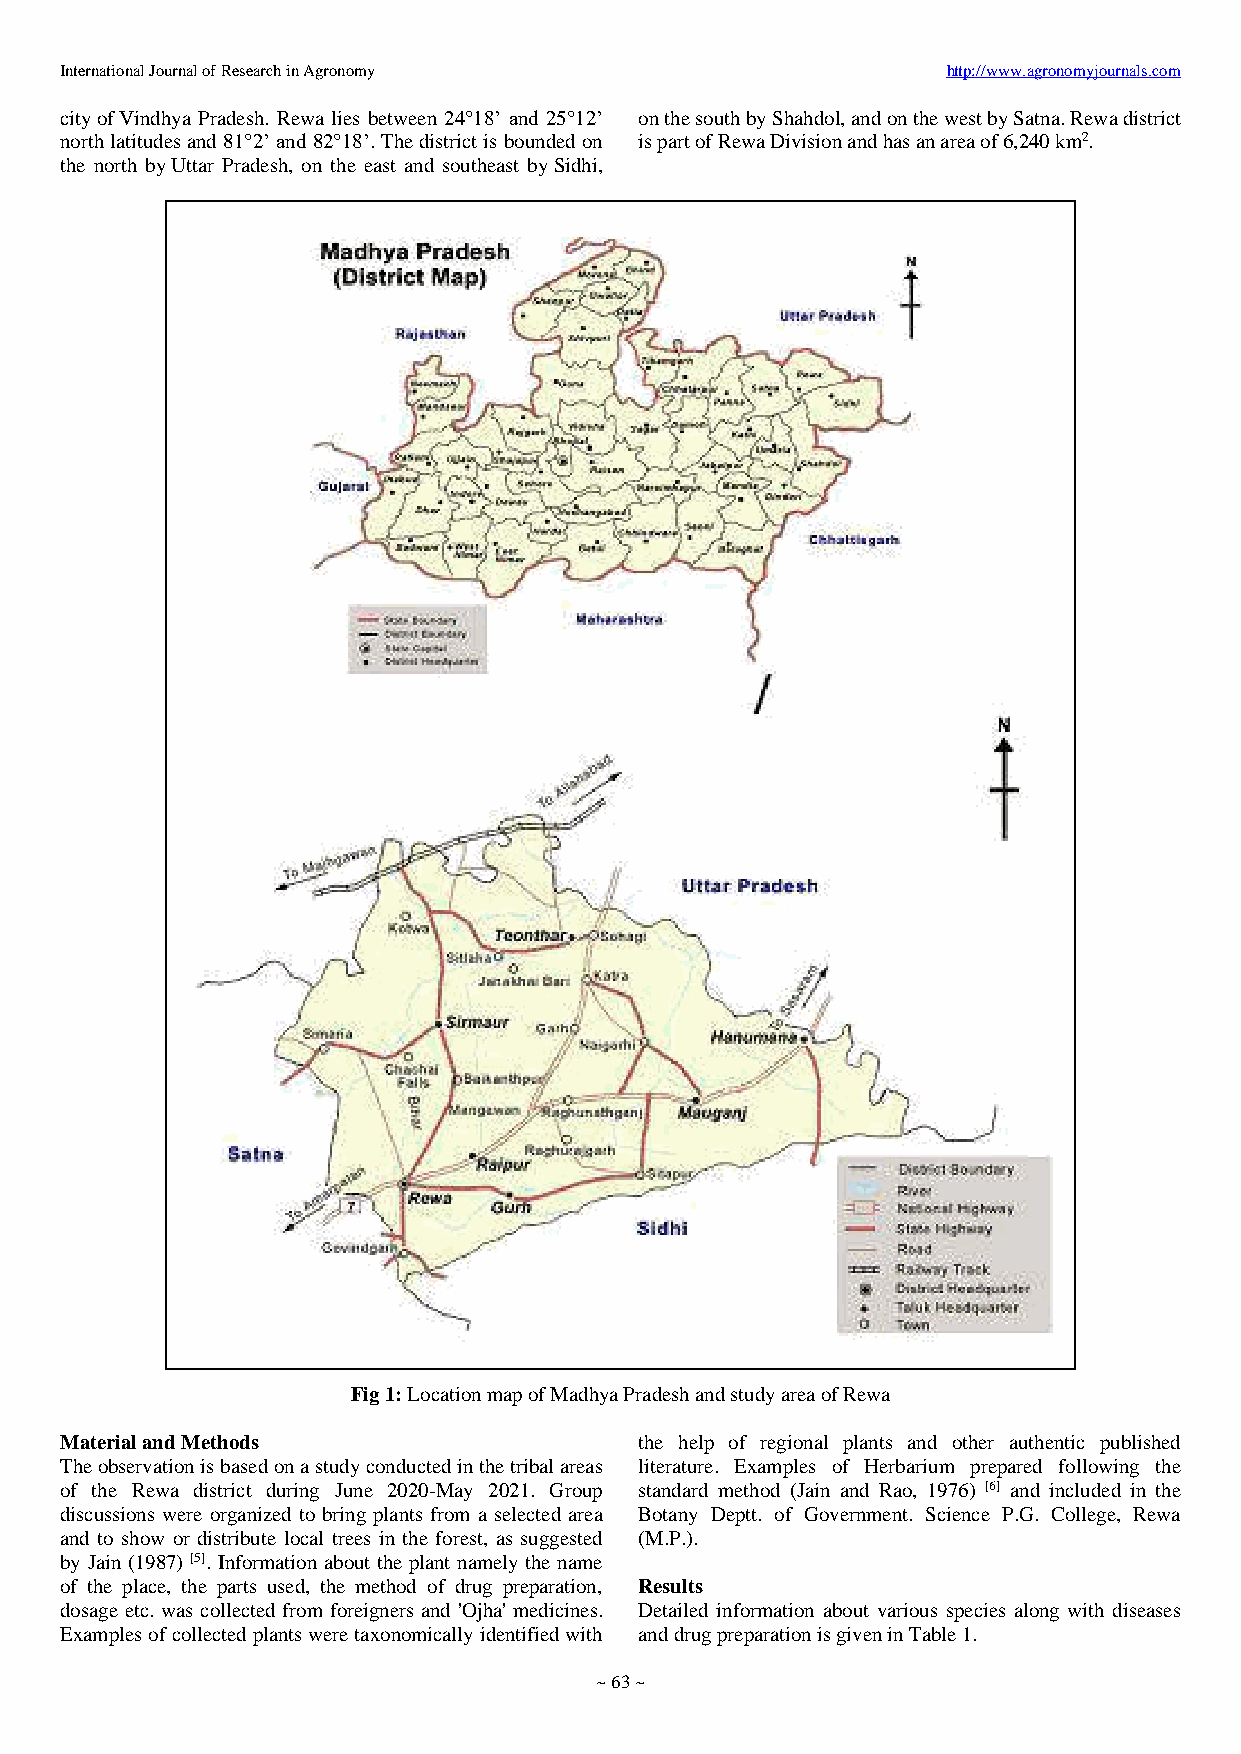
International Journal of Research in Agronomy              http://www.agronomyjournals.com
 city of Vindhya Pradesh. Rewa lies between 24°18’ and 25°12’ on the south by Shahdol, and on the west by Satna. Rewa district
 north latitudes and 81°2’ and 82°18’. The district is bounded on is part of Rewa Division and has an area of 6,240 km2.
 the north by Uttar Pradesh, on the east and southeast by Sidhi,
 Fig 1: Location map of Madhya Pradesh and study area of Rewa
 Material and Methods                  the help of regional plants and other authentic published
 The observation is based on a study conducted in the tribal areas literature. Examples of Herbarium prepared following the
 of the Rewa district during June 2020-May 2021. Group standard method (Jain and Rao, 1976) [6] and included in the
 discussions were organized to bring plants from a selected area Botany Deptt. of Government. Science P.G. College, Rewa
 and to show or distribute local trees in the forest, as suggested (M.P.).
 by Jain (1987) [5]. Information about the plant namely the name
 of the place, the parts used, the method of drug preparation, Results
 dosage etc. was collected from foreigners and 'Ojha' medicines. Detailed information about various species along with diseases
 Examples of collected plants were taxonomically identified with and drug preparation is given in Table 1.
 ~ 63 ~